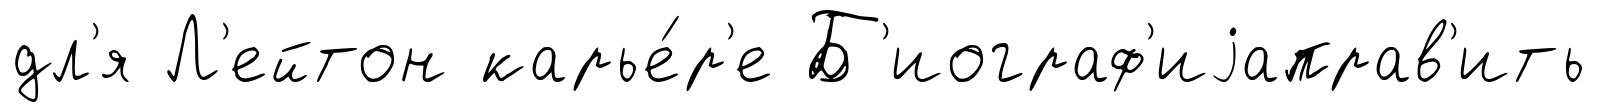
дл'я Л'ейтон карье́р'е Б'иограф'иjаправ'ить